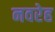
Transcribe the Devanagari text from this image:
नवरेह